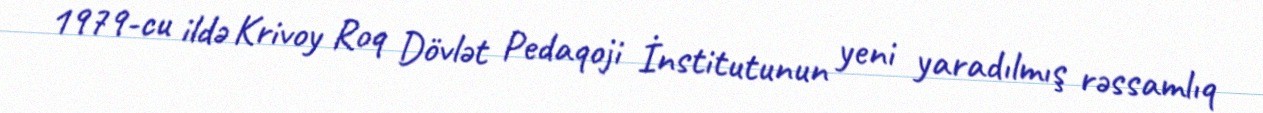
1979-cu ildə Krivoy Roq Dövlət Pedaqoji İnstitutunun yeni yaradılmış rəssamlıq